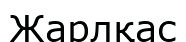
Жарлқас